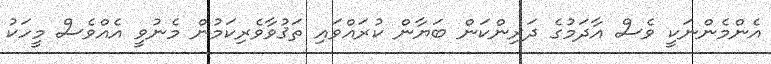
އެންމެންނަކީ ވެސް އާދަމުގެ ދަރިންކަން ބަޔާން ކުރައްވައި ތަޤުވާވެރިކަމުން މެނުވީ އެއްވެސް މީހަކު